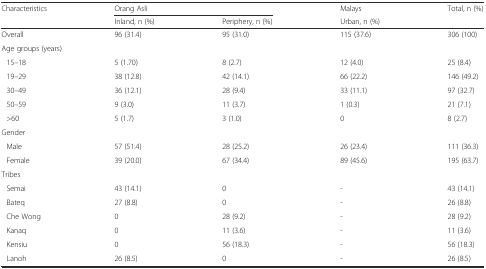
<table><thead><tr><td><b>Characteristics</b></td><td colspan="2"><b>Orang Asli</b></td><td><b>Malays</b></td><td><b>Total, n (%)</b></td></tr><tr><td></td><td><b>Inland, n (%)</b></td><td><b>Periphery, n (%)</b></td><td><b>Urban, n (%)</b></td><td></td></tr></thead><tbody><tr><td>Overall</td><td>96 (31.4)</td><td>95 (31.0)</td><td>115 (37.6)</td><td>306 (100)</td></tr><tr><td colspan="5">Age groups (years)</td></tr><tr><td>15–18</td><td>5 (1.70)</td><td>8 (2.7)</td><td>12 (4.0)</td><td>25 (8.4)</td></tr><tr><td>19–29</td><td>38 (12.8)</td><td>42 (14.1)</td><td>66 (22.2)</td><td>146 (49.2)</td></tr><tr><td>30–49</td><td>36 (12.1)</td><td>28 (9.4)</td><td>33 (11.1)</td><td>97 (32.7)</td></tr><tr><td>50–59</td><td>9 (3.0)</td><td>11 (3.7)</td><td>1 (0.3)</td><td>21 (7.1)</td></tr><tr><td>&gt;60</td><td>5 (1.7)</td><td>3 (1.0)</td><td>0</td><td>8 (2.7)</td></tr><tr><td colspan="5">Gender</td></tr><tr><td>Male</td><td>57 (51.4)</td><td>28 (25.2)</td><td>26 (23.4)</td><td>111 (36.3)</td></tr><tr><td>Female</td><td>39 (20.0)</td><td>67 (34.4)</td><td>89 (45.6)</td><td>195 (63.7)</td></tr><tr><td colspan="5">Tribes</td></tr><tr><td>Semai</td><td>43 (14.1)</td><td>0</td><td>-</td><td>43 (14.1)</td></tr><tr><td>Bateq</td><td>27 (8.8)</td><td>0</td><td>-</td><td>26 (8.8)</td></tr><tr><td>Che Wong</td><td>0</td><td>28 (9.2)</td><td>-</td><td>28 (9.2)</td></tr><tr><td>Kanaq</td><td>0</td><td>11 (3.6)</td><td>-</td><td>11 (3.6)</td></tr><tr><td>Kensiu</td><td>0</td><td>56 (18.3)</td><td>-</td><td>56 (18.3)</td></tr><tr><td>Lanoh</td><td>26 (8.5)</td><td>0</td><td>-</td><td>26 (8.5)</td></tr></tbody></table>